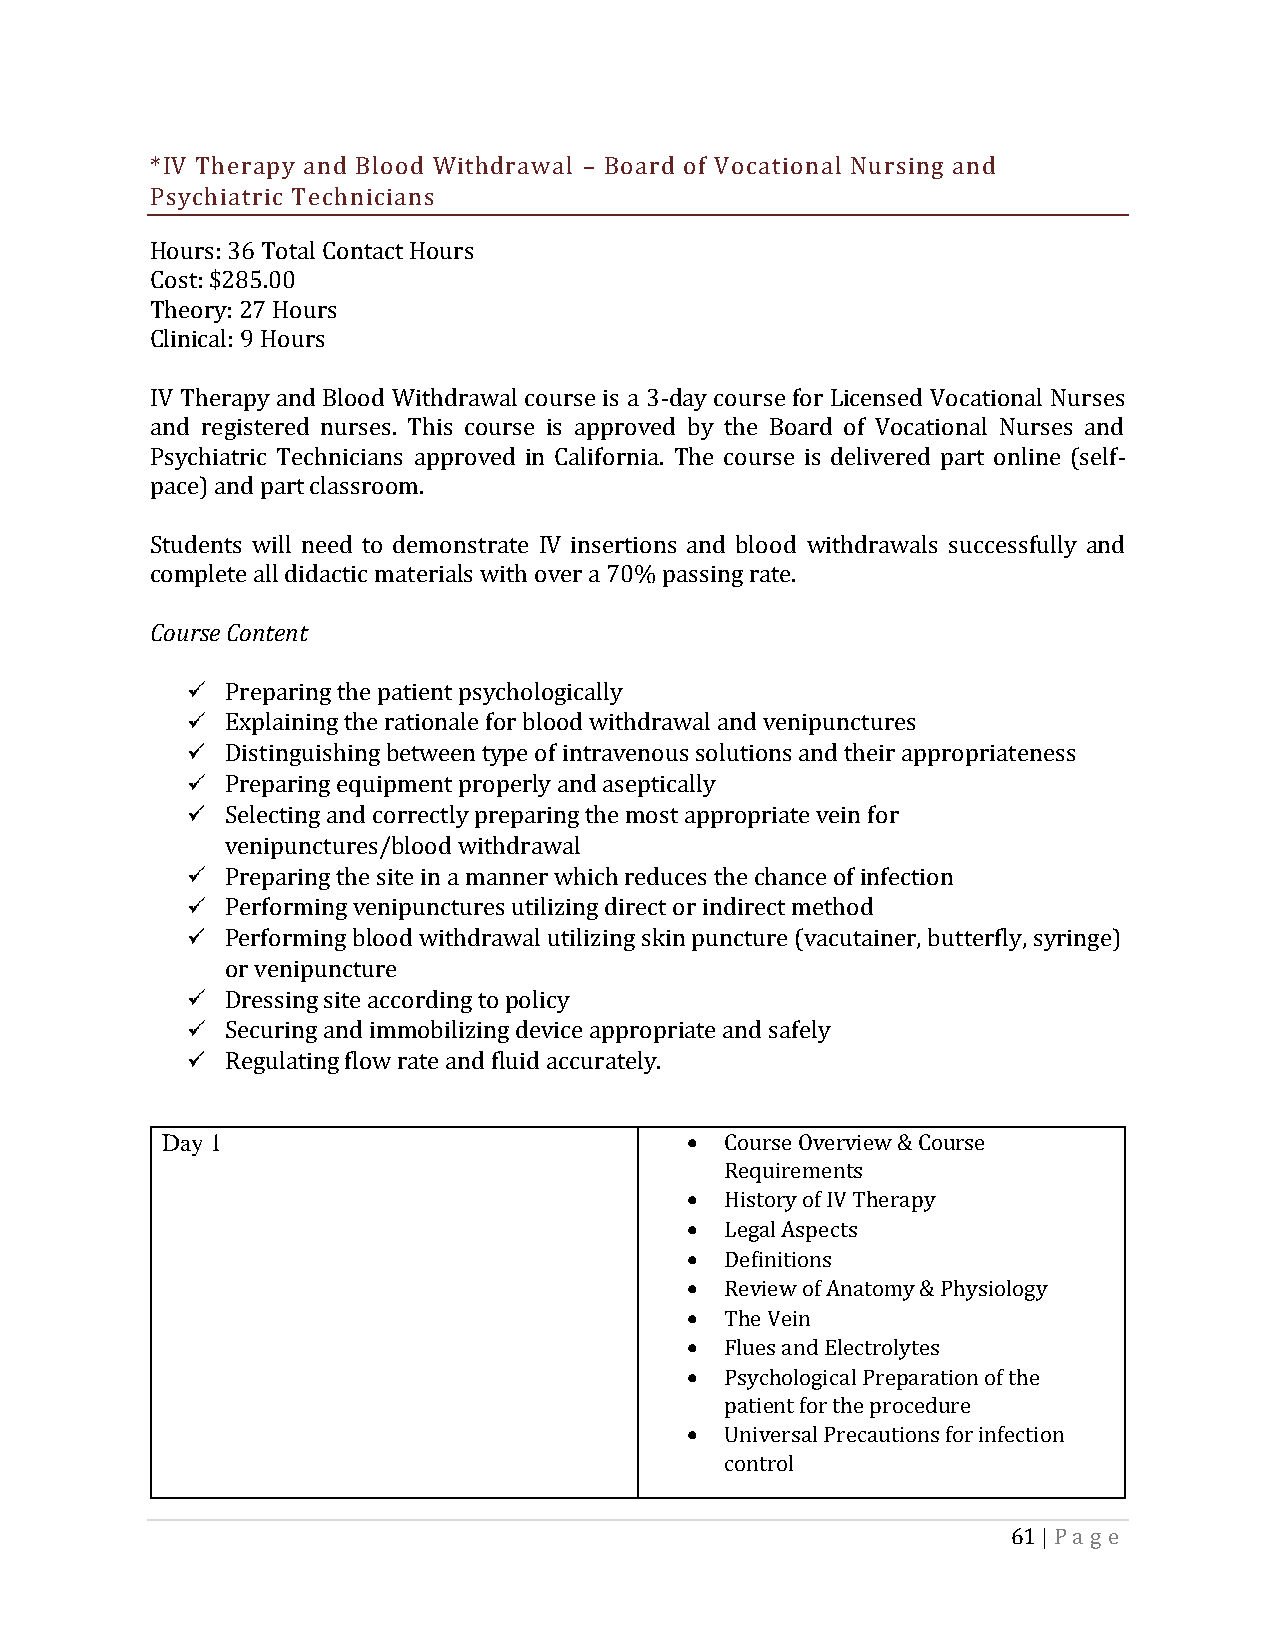
*IV Therapy and Blood Withdrawal – Board of Vocational Nursing and
 Psychiatric Technicians
 Hours: 36 Total Contact Hours
 Cost: $285.00
 Theory: 27 Hours
 Clinical: 9 Hours
 IV Therapy and Blood Withdrawal course is a 3-day course for Licensed Vocational Nurses
 and registered nurses. This course is approved by the Board of Vocational Nurses and
 Psychiatric Technicians approved in California. The course is delivered part online (self-
 pace) and part classroom.
 Students will need to demonstrate IV insertions and blood withdrawals successfully and
 complete all didactic materials with over a 70% passing rate.
 Course Content
 Preparing the patient psychologically
 Explaining the rationale for blood withdrawal and venipunctures
 Distinguishing between type of intravenous solutions and their appropriateness
 Preparing equipment properly and aseptically
 Selecting and correctly preparing the most appropriate vein for
 venipunctures/blood withdrawal
 Preparing the site in a manner which reduces the chance of infection
 Performing venipunctures utilizing direct or indirect method
 Performing blood withdrawal utilizing skin puncture (vacutainer, butterfly, syringe)
 or venipuncture
 Dressing site according to policy
 Securing and immobilizing device appropriate and safely
 Regulating flow rate and fluid accurately.
 Day 1                             •  Course Overview & Course
 Requirements
 •  History of IV Therapy
 •  Legal Aspects
 •  Definitions
 •  Review of Anatomy & Physiology
 •  The Vein
 •  Flues and Electrolytes
 •  Psychological Preparation of the
 patient for the procedure
 •  Universal Precautions for infection
 control
 61 | Pa g e